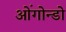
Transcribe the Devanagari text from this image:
ओंगोन्डो